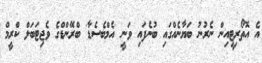
އެ އޮތޯރިޓީއިން ނެރުނު ބަޔާނެއްގައި ބުނެފައި ވަނީ 'އެމްބެސެޑާ' ބްރޭންޑްގެ ވެޖިޓަބަލް ކްރީމް